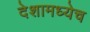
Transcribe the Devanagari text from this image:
देशामध्येच